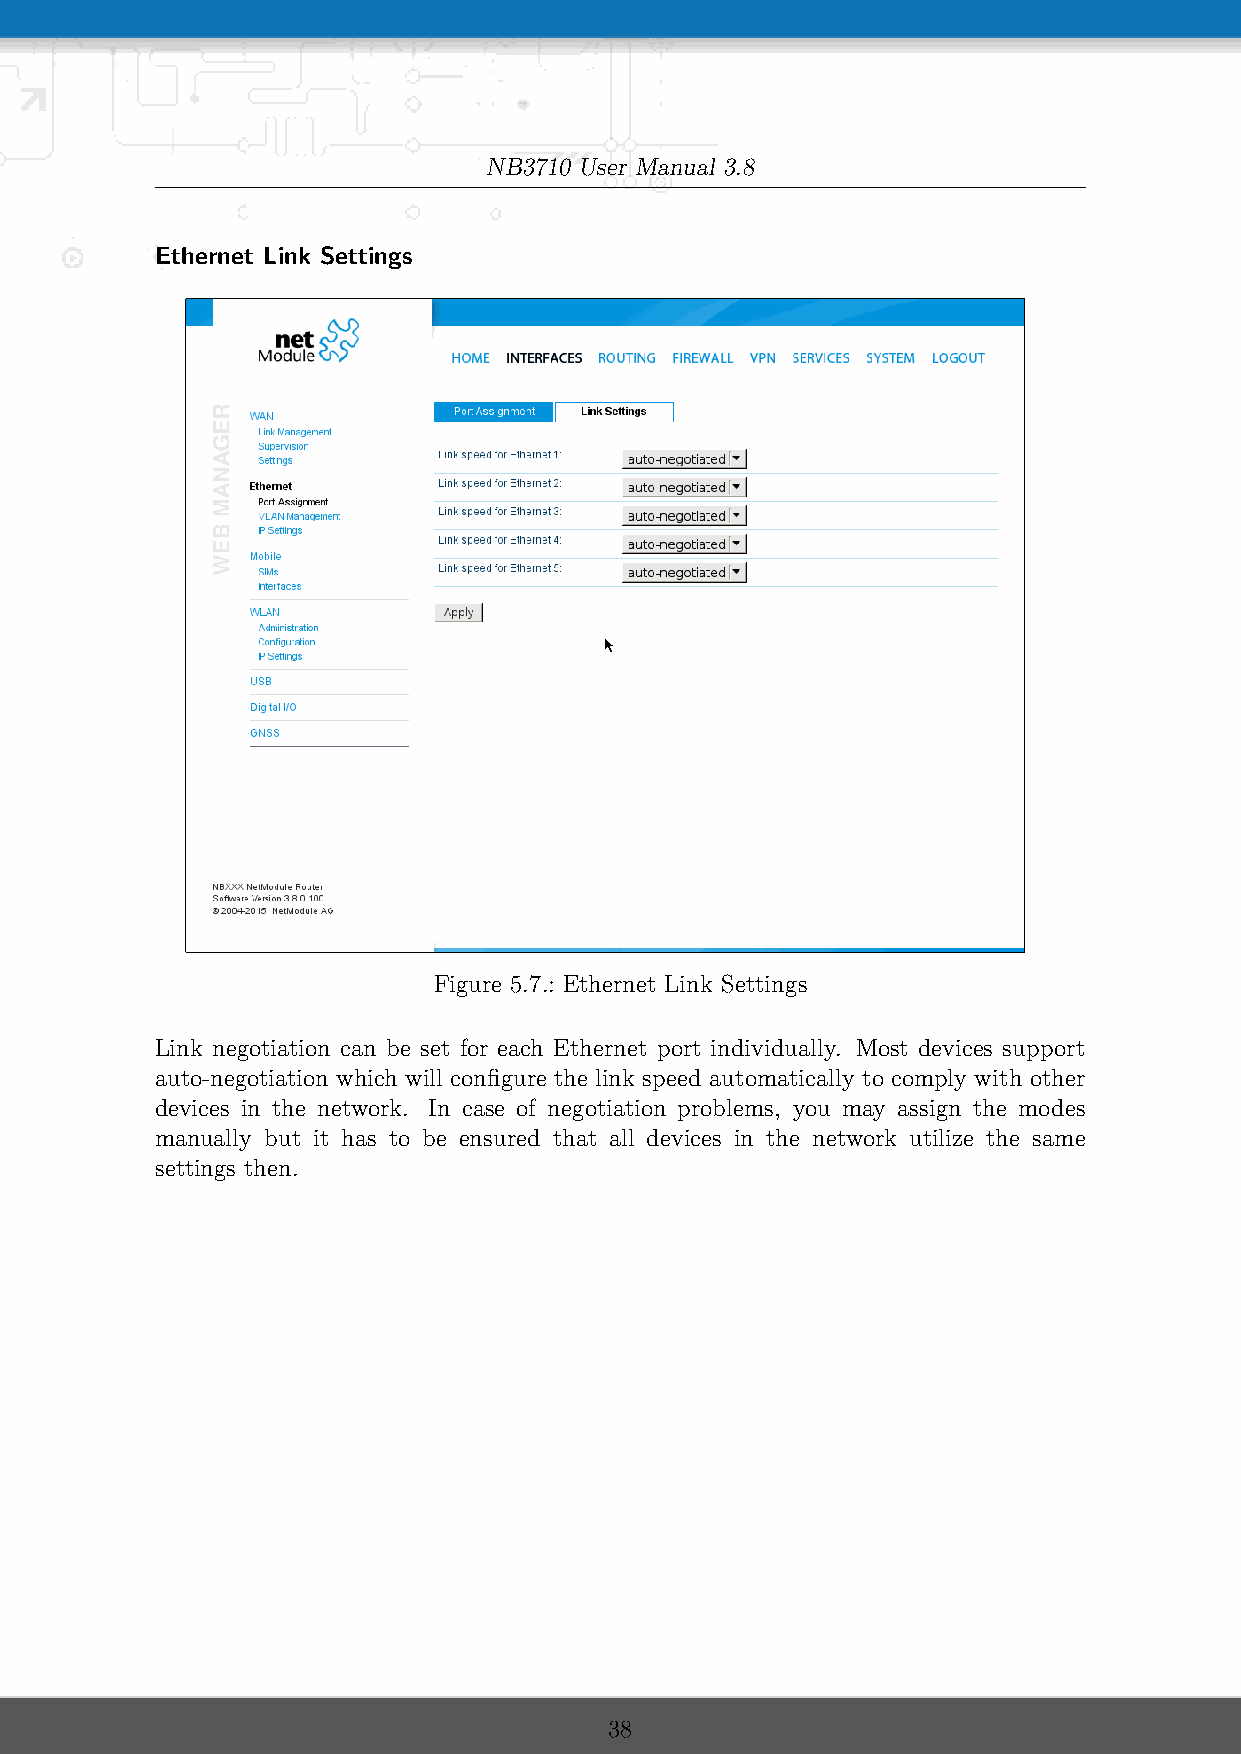
NB3710 User Manual 3.8
 Ethernet Link Settings
 Figure 5.7.: Ethernet Link Settings
 Link negotiation can be set for each Ethernet port individually. Most devices support
 auto-negotiation which will configure the link speed automatically to comply with other
 devices in the network. In case of negotiation problems, you may assign the modes
 manually but it has to be ensured that all devices in the network utilize the same
 settings then.
 38